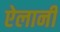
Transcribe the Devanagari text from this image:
ऐलानी